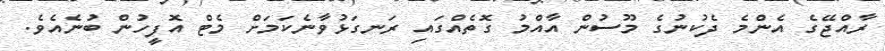
ރާއްޖޭގެ އެންމެ ދެކުނުގެ މޫސުން އާއްމު ގޮތެއްގައި ރަނގަޅުވާނެކަމަށް މެޓް އޮފީހުން ބުނެއެވެ.